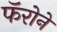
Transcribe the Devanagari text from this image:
फॅरोने